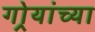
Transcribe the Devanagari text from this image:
गोर्‍यांच्या